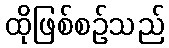
ထိုဖြစ်စဉ်သည်